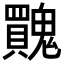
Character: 𩴬